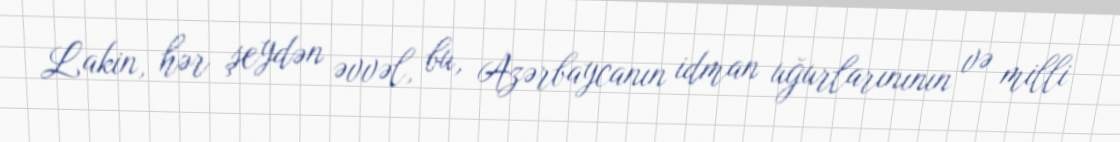
Lakin, hər şeydən əvvəl, bu, Azərbaycanın idman uğurlarınının və milli